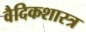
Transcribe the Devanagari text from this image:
वैदिकशास्त्र